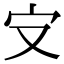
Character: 㝊